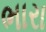
ભારા